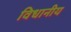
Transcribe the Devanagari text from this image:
विधानीय